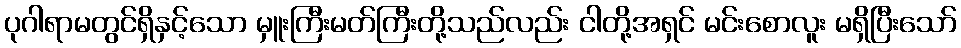
ပုဂါရာမတွင်ရှိနှင့်သော မှူးကြီးမတ်ကြီးတို့သည်လည်း ငါတို့အရှင် မင်းစောလူး မရှိပြီးသော်